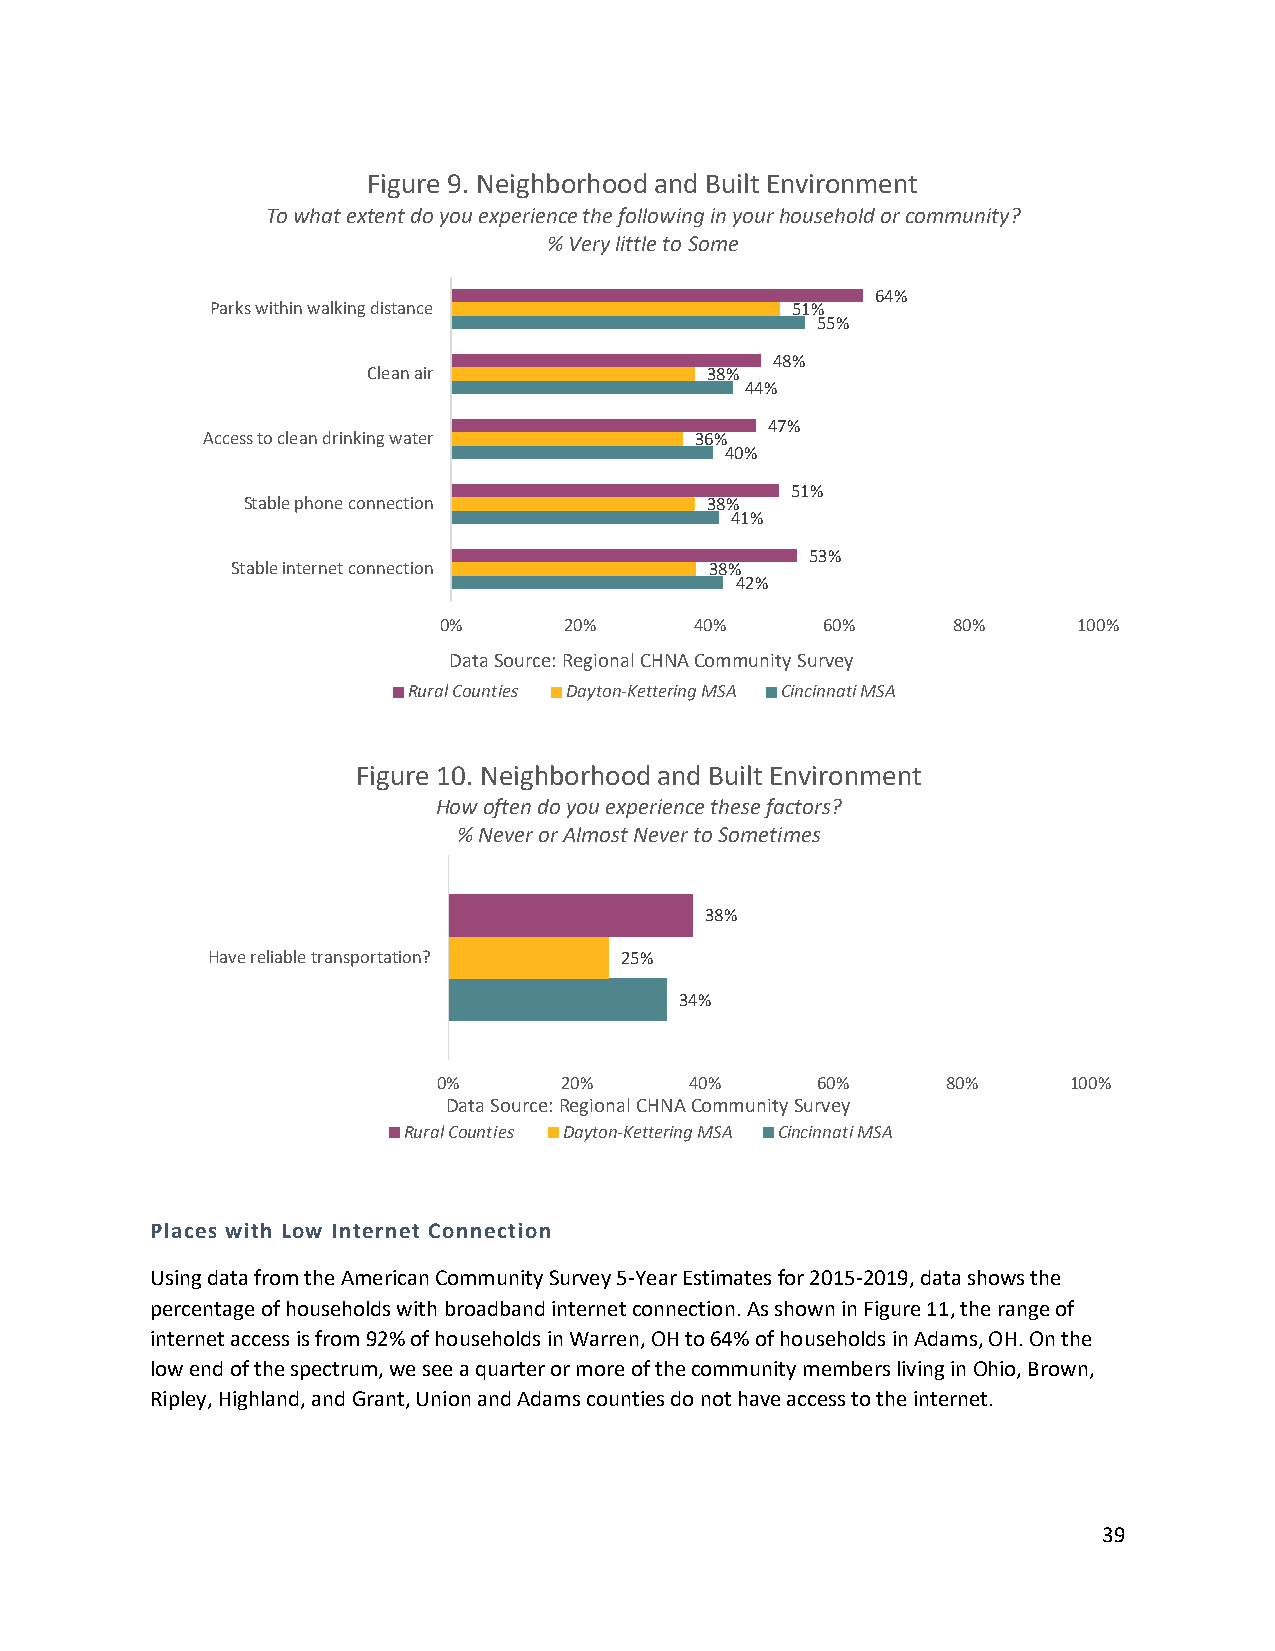
Figure 9. Neighborhood and Built Environment
 To what extent do you experience the following in your household or community?
 % Very little to Some
 64%
 Parks within walking distance         51%
 55%
 48%
 Clean air              38%
 44%
 47%
 Access to clean drinking water   36%
 40%
 51%
 Stable phone connection        38%
 41%
 53%
 Stable internet connection      38%
 42%
 0%      20%      40%      60%     80%     100%
 Data Source: Regional CHNACommunity Survey
 Rural Counties Dayton-Kettering MSA Cincinnati MSA
 Figure 10. Neighborhood and Built Environment
 How often do you experience these factors?
 % Never or Almost Never to Sometimes
 38%
 Have reliable transportation? 25%
 34%
 0%      20%      40%     60%      80%     100%
 Data Source: Regional CHNACommunity Survey
 Rural Counties Dayton-Kettering MSA Cincinnati MSA
 Places with Low Internet Connection
 Using data from the American Community Survey 5-Year Estimates for 2015-2019, data shows the
 percentage of households with broadband internet connection. As shown in Figure 11, the range of
 internet access is from 92% of households in Warren, OH to 64% of households in Adams, OH. On the
 low end of the spectrum, we see a quarter or more of the community members living in Ohio, Brown,
 Ripley, Highland, and Grant, Union and Adams counties do not have access to the internet.
 39